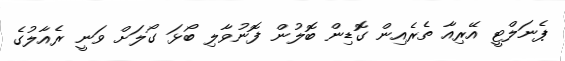
ޕެނަލްޓީ އޭރިއާ ތެރެއިން ގޮޑިން ބޮލުން ފޮނުވާލި ބޯޅަ ގޯލަށް ވަނީ ރެއާލުގެ